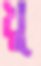
খু